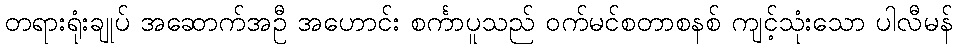
တရားရုံးချုပ် အဆောက်အဦ အဟောင်း စင်္ကာပူသည် ဝက်မင်စတာစနစ် ကျင့်သုံးသော ပါလီမန်